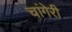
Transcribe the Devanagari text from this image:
चांगेरी